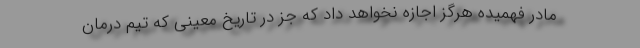
مادر فهمیده هرگز اجازه نخواهد داد که جز در تاریخ معینی که تیم درمان